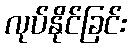
လုပ်နိုင်ခြင်း